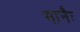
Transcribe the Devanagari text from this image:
मानैः